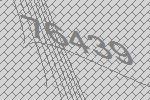
76439